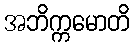
အဘိက္ကမောတိ